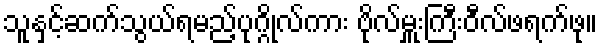
သူနှင့်ဆက်သွယ်ရမည့်ပုဂ္ဂိုလ်ကား ဗိုလ်မှူးကြီးဝီလ်ဖရက်ဖု။